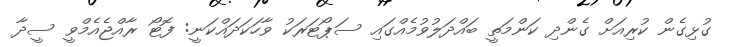
ގުޅިގެން ކުރިއަށް ގެންދި ކަންމަތީ ބައްދަލުވުމެއްގައި ސަޕޯޓަރަކު ވާހަކަދައްކަނީ: ފޮޓޯ ރާއްޖެއެމްވީ ސީދާ